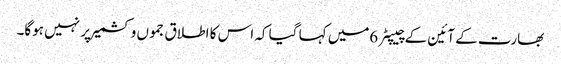
بھارت کے آئین کے چیپٹر 6میں کہا گیا کہ اس کا اطلاق جموں وکشمیر پر نہیں ہوگا۔